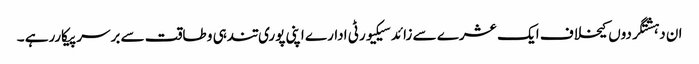
ان دہشتگردوں کیخلاف ایک عشرے سے زائد سیکیورٹی ادارے اپنی پوری تندہی و طاقت سے برسرپیکاررہے ۔